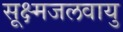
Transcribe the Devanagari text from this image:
सूक्ष्मजलवायु